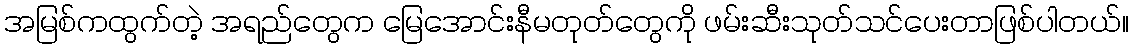
အမြစ်ကထွက်တဲ့ အရည်တွေက မြေအောင်းနီမတုတ်တွေကို ဖမ်းဆီးသုတ်သင်ပေးတာဖြစ်ပါတယ်။